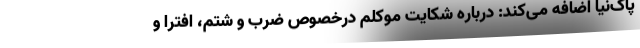
پاک‌نیا اضافه می‌کند: درباره شکایت موکلم درخصوص ضرب و شتم، افترا و